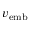
v _ { \mathrm { e m b } }